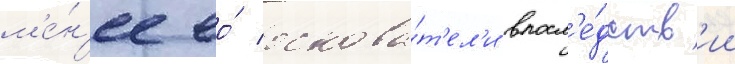
м'е́н'ее ео́ основа́т'ел'и впосл'е́дств'ии